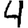
Digit: 4